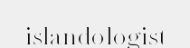
islandologist